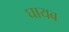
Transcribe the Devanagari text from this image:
घायब